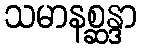
သမာနစ္ဆန္ဒာ